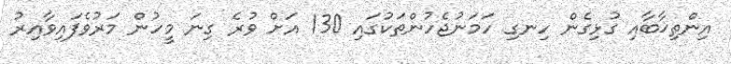
އިންތިޚާބާއި ގުޅިގެން ހިނގި ހަމަނުޖެހުންތަކުގައި 130 އަށް ވުރެ ގިނަ މީހުން މަރުވެފައިވާއިރު